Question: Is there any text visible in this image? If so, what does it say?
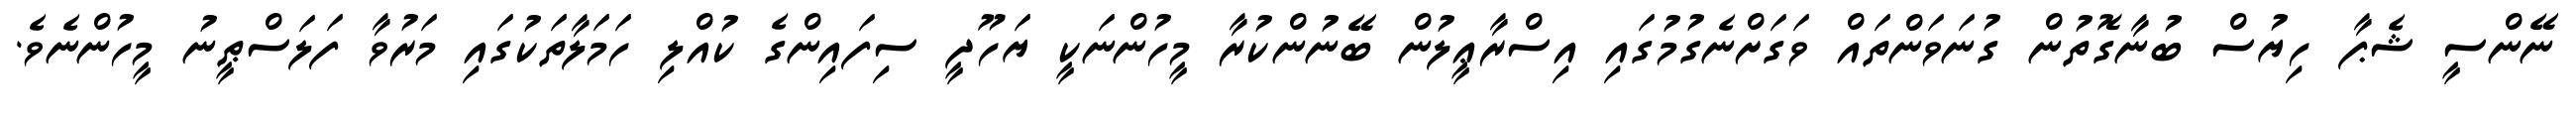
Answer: ނޭންސީ ޝެޕާ ހިޔުސް ބުނާގޮތުން ގުނަވަންތައް ވަގަށްނެގުމުގައި އިސްރާޢީލުން ބޭނުންކުރާ މީހުންނަކީ ޔަހޫދީ ސިފައިންގެ ކުއްލި ހަމަލާތަކުގައި މަރުވާ ފަލަސްޠީނު މީހުންނެވެ.